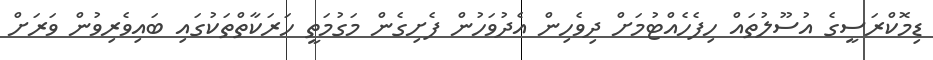
ޑިމޮކްރަސީގެ އުސޫލުތައް ހިފެހެއްޓުމަށް ދިވެހިން އެދުވަހުން ފެށިގެން މަގުމަތީ ހަރަކާތްތަކުގައި ބައިވެރިވުން ވަރަށް